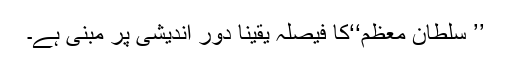
’’ سلطان معظم‘‘کا فیصلہ یقیناً دور اندیشی پر مبنی ہے۔